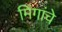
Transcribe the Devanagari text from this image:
मिंगांचे